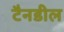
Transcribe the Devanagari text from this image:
टैनडील